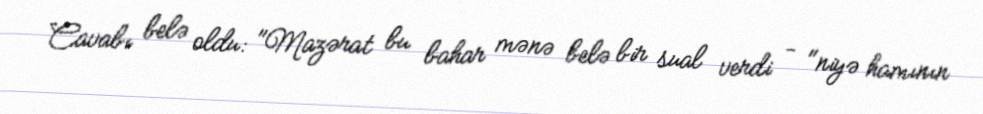
Cavabı belə oldu: "Mazərat bu bahar mənə belə bir sual verdi - "niyə hamının